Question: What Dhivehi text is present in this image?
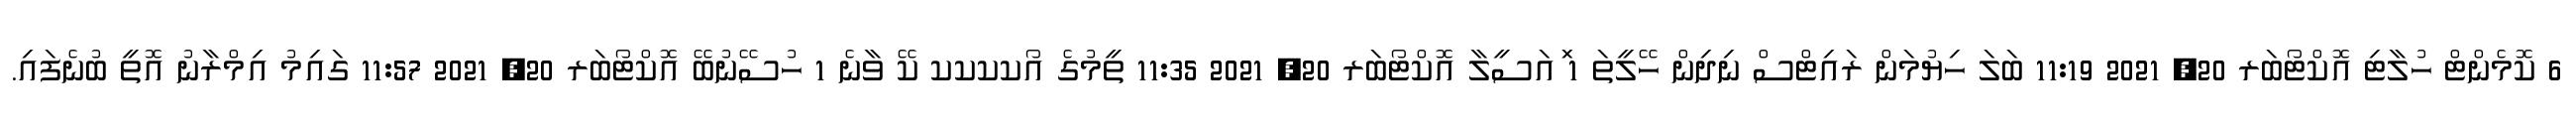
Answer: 6 ކޮމެންޓް ހުލާޓި އޮކްޓޯބަރ 20, 2021 11:19 ބަލަ ހިޔުމަން ރައިޓްސް ނިދިން ހޭލީތަ 1 ަިއަސީލާ އޮކްޓޯބަރ 20, 2021 11:35 ތީމުގެ އޯކކކކ ކޭ ވާނެ 1 ހުސޭނުބޭ އޮކްޓޯބަރ 20, 2021 11:57 ގައިމު އިމްރާނު އޮތީ ބުނެފައި.